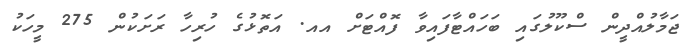
ޖަމާލުއްދީން ސްކޫލުގައި ބަހައްޓާފައިވާ ފޮއްޓަށް އއ. އަތޮޅުގެ ހުރިހާ ރަށަކުން 275 މީހަކު